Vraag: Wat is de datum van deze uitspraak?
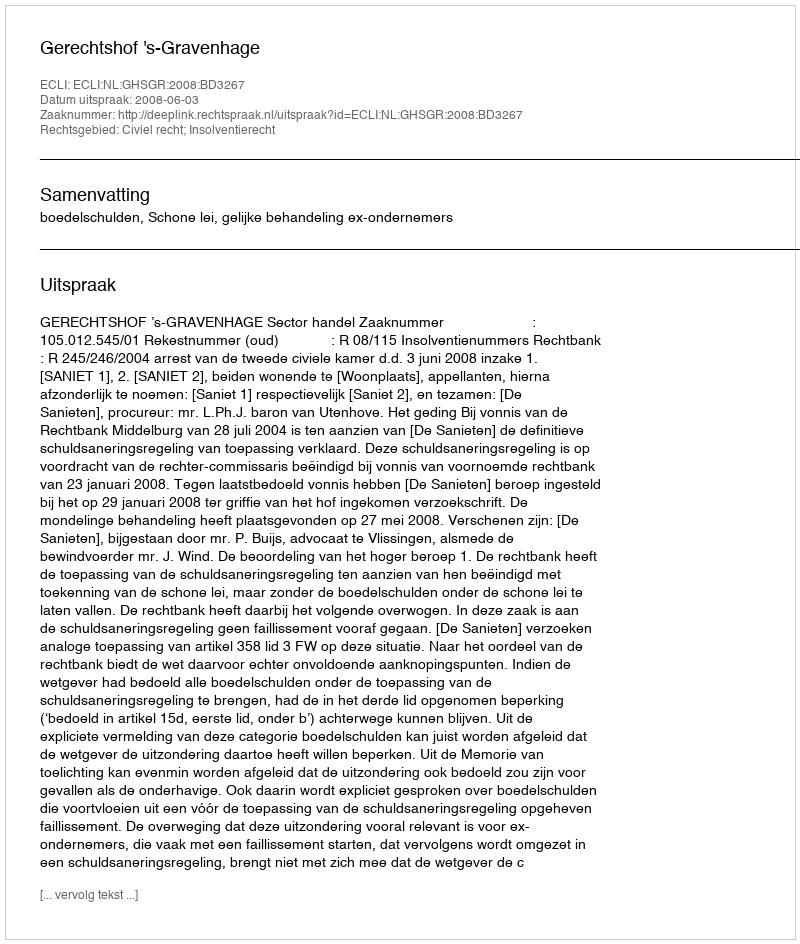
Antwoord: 2008-06-03